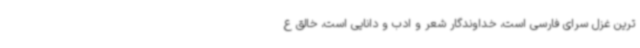
ترین غزل سرای فارسی است، خداوندگار شعر و ادب و دانایی است، خالق ع